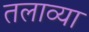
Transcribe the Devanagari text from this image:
तलाव्या